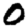
Digit: 0